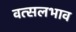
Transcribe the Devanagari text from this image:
वत्सलभाव